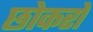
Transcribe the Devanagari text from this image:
छोकरो